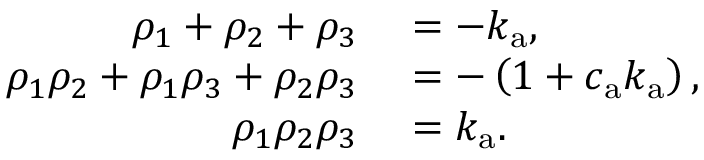
\begin{array} { r l } { \rho _ { 1 } + \rho _ { 2 } + \rho _ { 3 } } & { { } = - k _ { \mathrm { a } } , } \\ { \rho _ { 1 } \rho _ { 2 } + \rho _ { 1 } \rho _ { 3 } + \rho _ { 2 } \rho _ { 3 } } & { { } = - \left( 1 + c _ { \mathrm { a } } k _ { \mathrm { a } } \right) , } \\ { \rho _ { 1 } \rho _ { 2 } \rho _ { 3 } } & { { } = k _ { \mathrm { a } } . } \end{array}